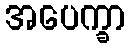
အပေက္ခာ